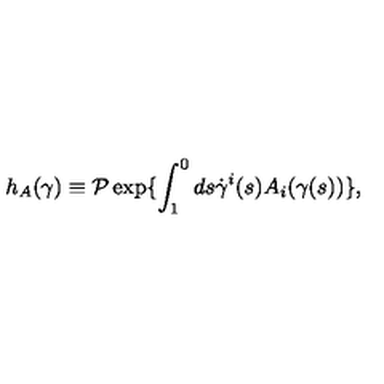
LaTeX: h _ { A } ( \gamma ) \equiv { \cal P } \exp \{ \int _ { 1 } ^ { 0 } d s \dot { \gamma } ^ { i } ( s ) A _ { i } ( \gamma ( s ) ) \} ,